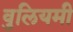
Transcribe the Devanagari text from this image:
वुलियमी